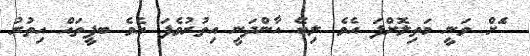
ެަށް ވަނީ މަތިލޮށްފަ އެވެ ލިބޭ އާންދަނީ އިތުރުވެފަ އެވެ ބފީތައް އިތުރު